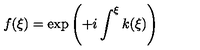
f ( \xi ) = \exp \left( + i \int ^ { \xi } k ( \xi ) \right)